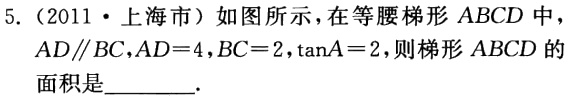
5.（2011·上海市）如图所示，在等腰梯形 \(ABCD\) 中，\(AD\parallel BC\)，\(AD = 4\)，\(BC = 2\)，\(\tan A=2\)，则梯形 \(ABCD\) 的面积是________.